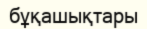
бұқашықтары